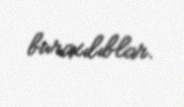
buraxılıblar.